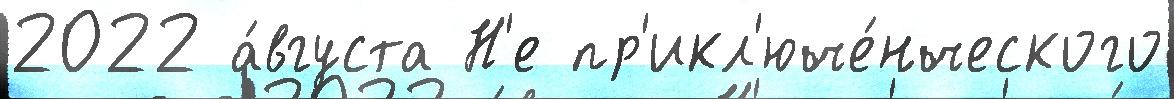
2022 а́вгуста Н'е пр'икл'юче́нческого